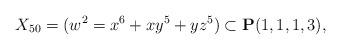
LaTeX: \begin{align*}X_{50}= (w^2=x^6+xy^5+yz^5)\subset {\bf P}(1,1,1,3), \end{align*}